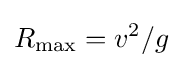
R_{\max }=v^{2}/g